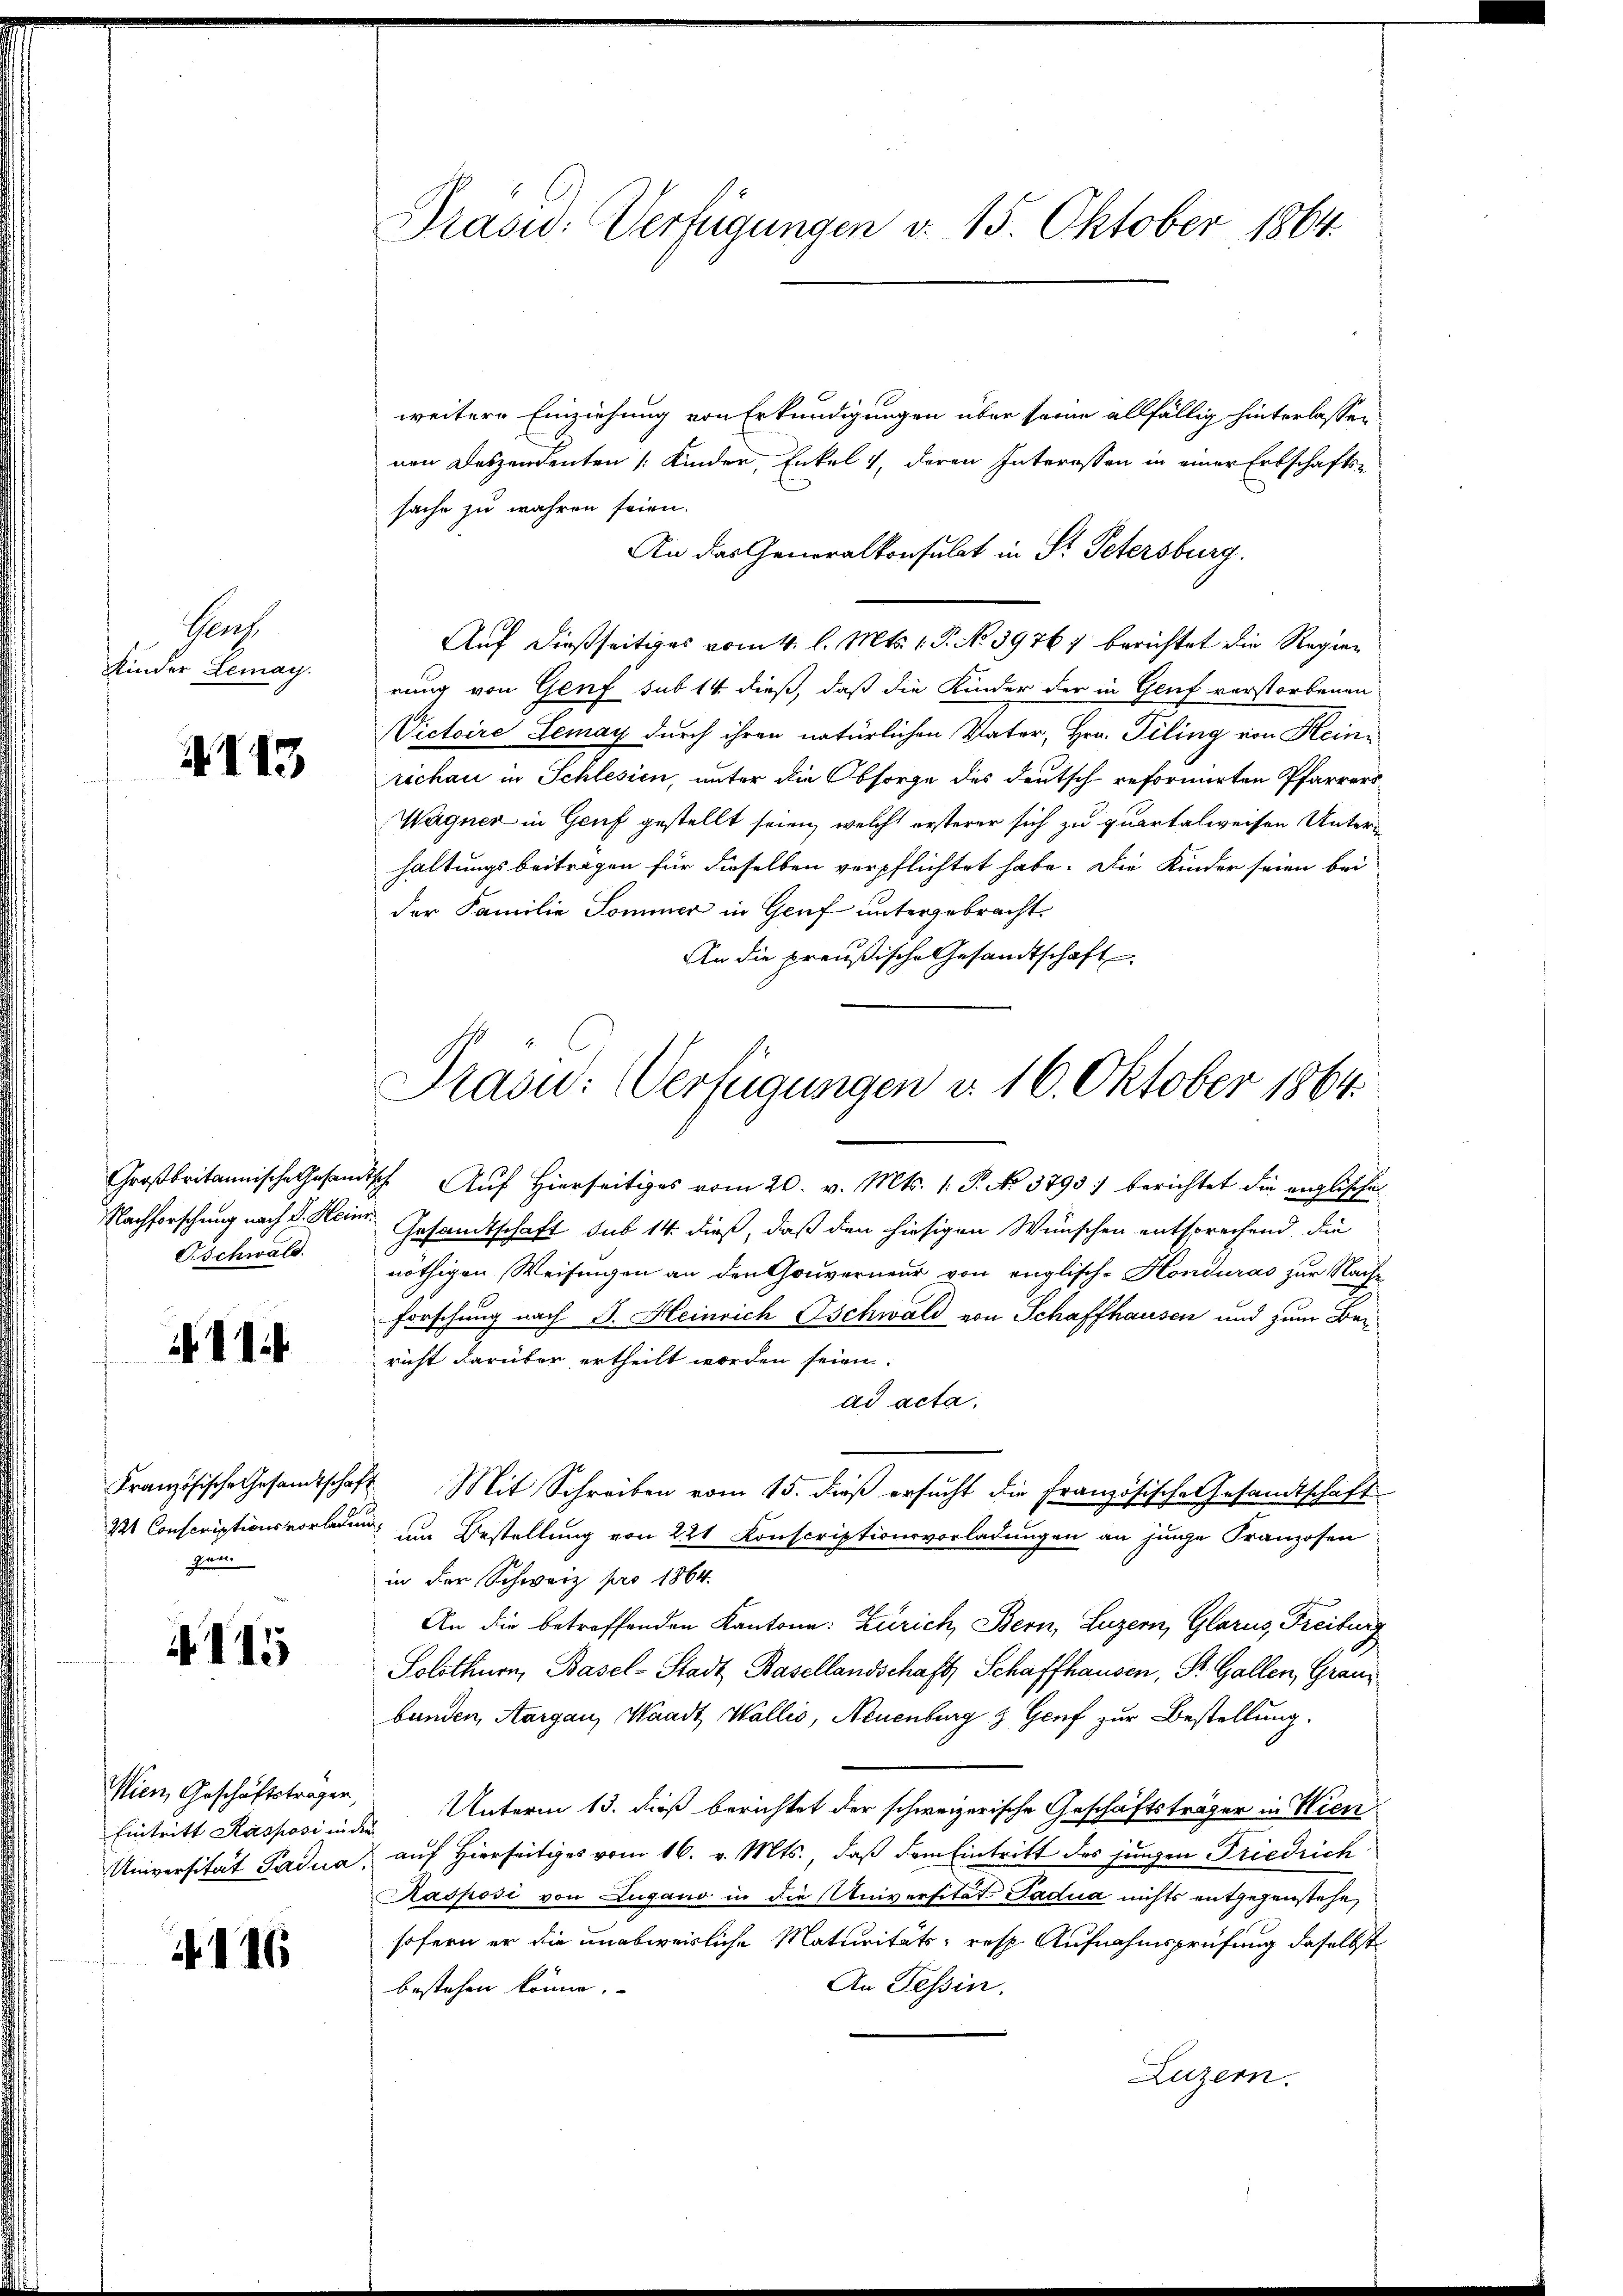
Pers
Kinder Lemay.

II13

Großbritannische Gesandt
Nachforschung nach Dr. Heinr.
Bschwald.

11

Französische Gesandtschaft
22t Conscriptionsvorladun
gen

N. 115

Wien, Geschäftsträger,
Eintritt Kasposi in
Universität Padua,

116

Präsid. Verfügungen v. 15. Oktober 1864.

weitere Einziehung von Erkundigungen über seine allfällig hinterlassen
nen Deszendenten Kinder, Enkel 1, deren Interessen in einer Erbschafts-
sache zu währen seien.
An das Generalkonsulat in St. Petersburg.
Auf dießseitiges vom 4. l. Mts. 1. P. No. 39767 berichtet die Regierung von Genf sub 14 dieß, daß die Kinder der in Gent verstorbenen
Victoire Lemay durch ihren natürlichen Vater, Hrn. Filing von Heinrichau in Schlesien, unter die Obsorge des deutsch reformierten Pfarrers
Wagner in Genf gestellt seien, welche ersterer sich zu quartalweisen Unterhaltungsbeitragen für dieselben verpflichtet habe. Die Kinder seien bei
der Familie Sommer in Genf untergebracht.
An die preußische Gesandtschaft

Präsid.: Verfügungen d. 16. Oktober 1864.

h Auf Hierseitiges vom 20. v. Mts. 1. P. No. 3793) berichtet die englische
Gesandtschaft sub 14. dieß, daß den hiesigen Wünschen entsprechend die
nöthigen Weisungen an den Gouverneur von englisch-Konduras zur Nach¬
Forschung nach S. Heinrich schwald von Schaffhausen und zum Bericht darüber ertheilt worden seien.
ad acta.
 Mit Schreiben vom 15. dieß ersucht die Französische Gesandtschaft
um Bestellung von 221 Konscriptionsvorladungen an junge Franzosen
in der Schweiz pro 1864.
An die betreffenden Kantone: Zürich, Bern, Luzern, Glarus, Freiburg
Solothurn, Basel-Stadt Basellandschaft, Schaffhausen, St. Gallen, Graubanden, Aargau, Waadt, Wallis, Neuenburg & Genf zur Bestellung.
Unterm 13. dieß berichtet der schweizerische Geschäftsträger in Wien
auf Hierseitiges vom 16. v. Mts., daß dem Eintritt des jungen Friedrich
Rasposi von Lugano in die Universität Sadua nichts entgegenstehe,
sofern er die unabweisliche Maturitäts- resp. Aufnahmsprüfung daselbst
An Tessin.
bestehen könne.
Luzern.